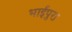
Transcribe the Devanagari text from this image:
भाईपुरा